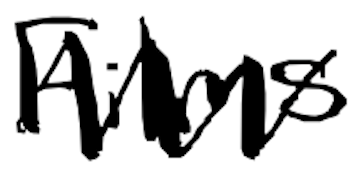
Text: Films
Cross-out: zig-zag
Writing tool: digital_black